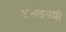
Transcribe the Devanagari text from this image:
अरुंडिनेशी